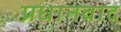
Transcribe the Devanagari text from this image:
प्रधानवाद